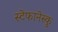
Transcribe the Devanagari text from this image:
स्टेफानेस्कु